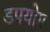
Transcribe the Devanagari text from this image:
डपयोग